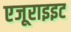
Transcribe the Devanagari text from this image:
एजूराइइट